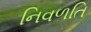
નિવળતિ